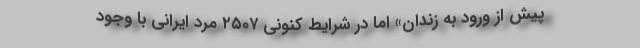
پیش از ورود به زندان» اما در شرایط کنونی ۲۵۰۷ مرد ایرانی با وجود